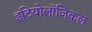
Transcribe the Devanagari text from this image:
इटियोलॉजिकल